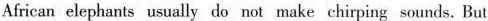
African elephants usually do not make chirping sounds. But